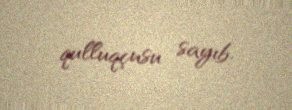
qulluqçusu sayıb.